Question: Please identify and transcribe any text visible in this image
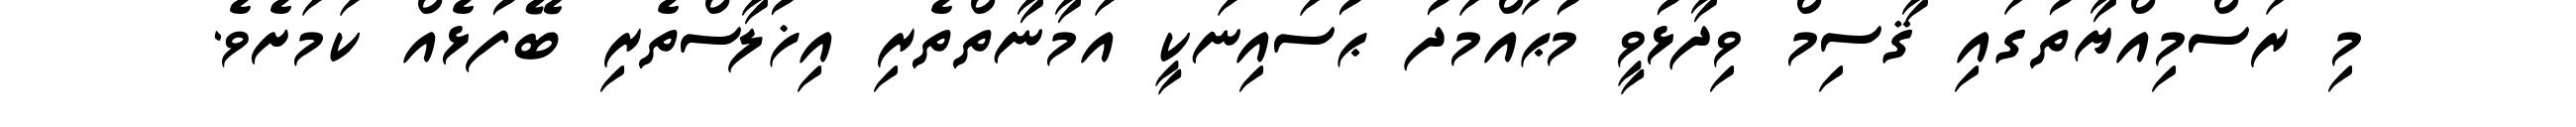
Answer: މި ރަސްމިއްޔާތުގައި ޤާސިމް ވިދާޅުވީ މުޙައްމަދު ޙުސައިނަކީ އަމާނާތްތެރި އިޚުލާސްތެރި ބޭފުޅެއް ކަމަށެވެ.